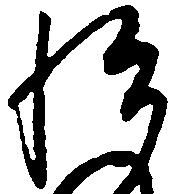
悦